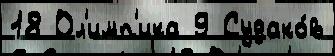
18 Ол'имп'ика 9 Судако́в